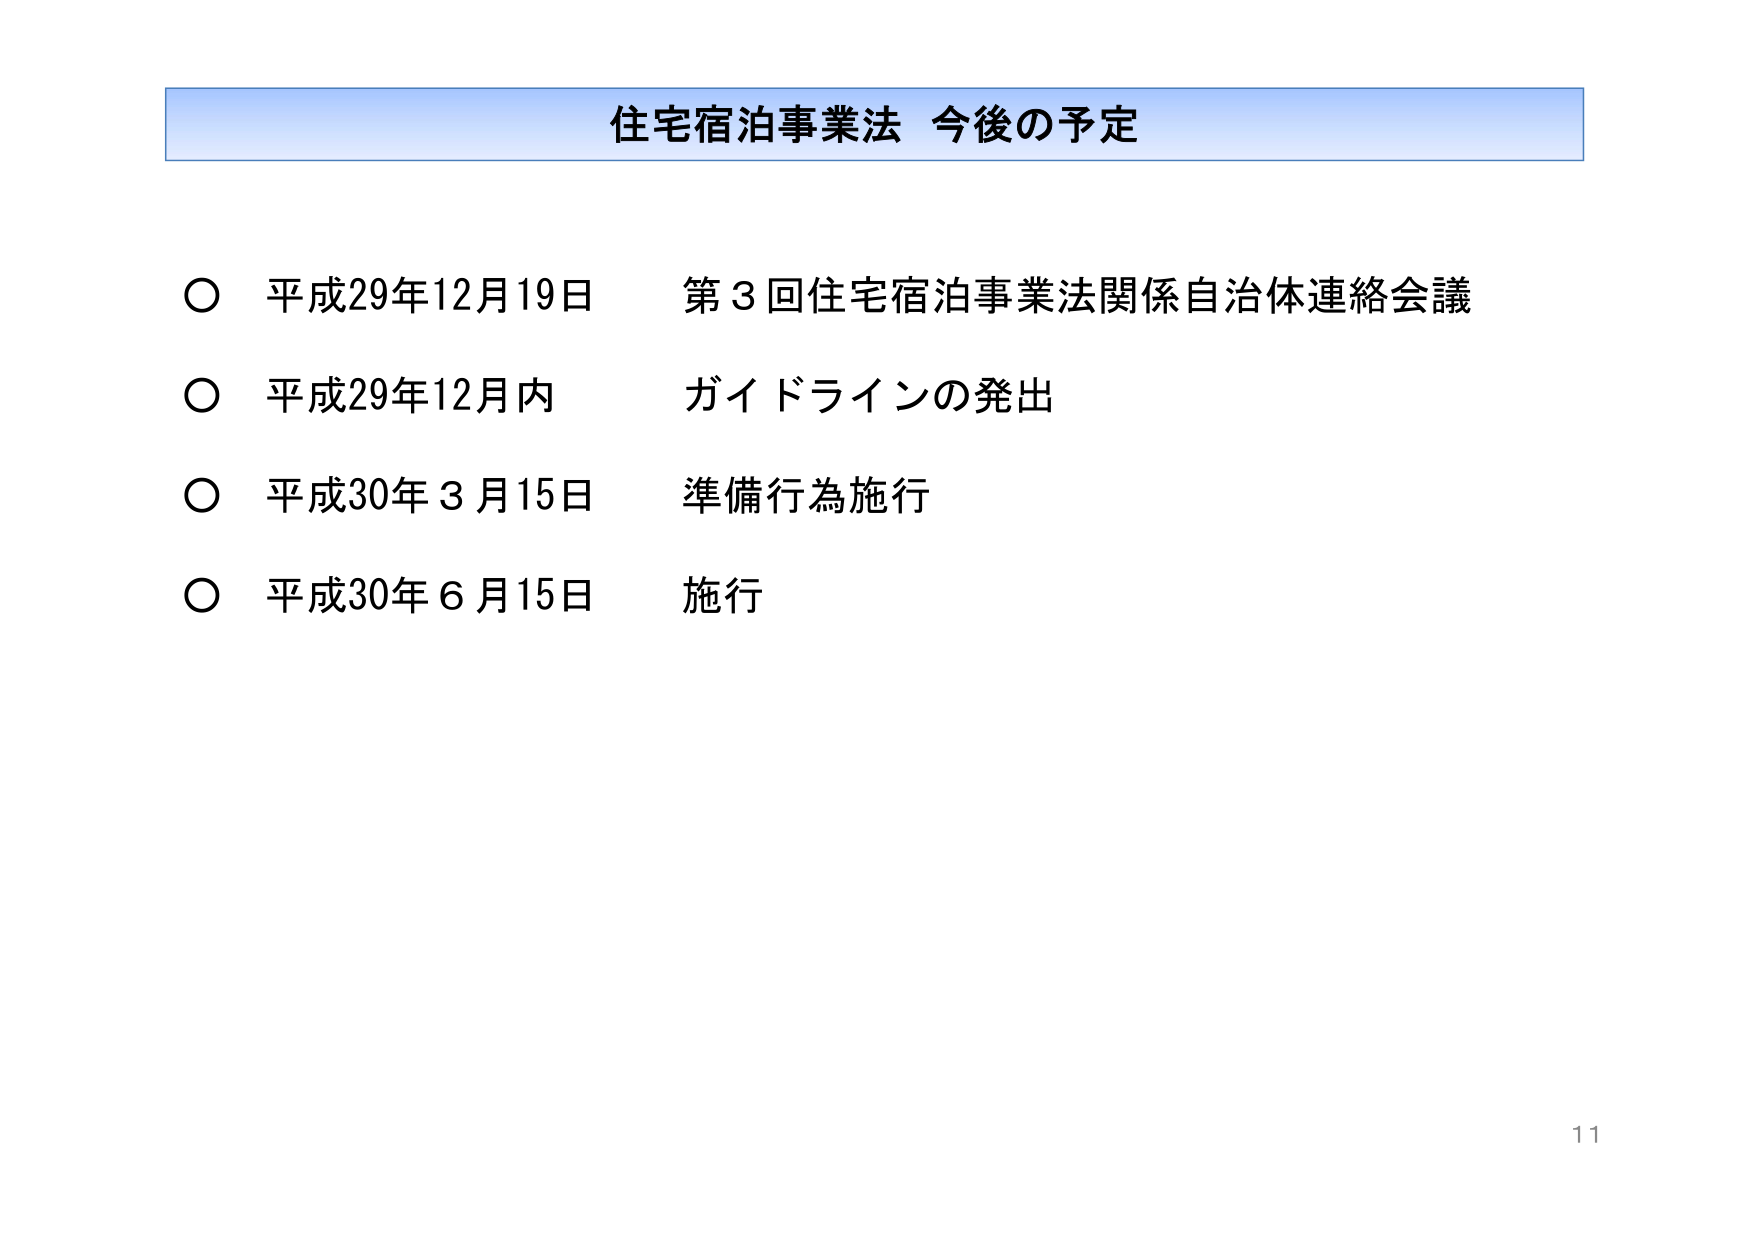
住宅宿泊事業法 今後の予定

○ 平成29年12月19日 第3回住宅宿泊事業法関係自治体連絡会議
○ 平成29年12月内 ガイドラインの発出
○ 平成30年3月15日 準備行為施行
○ 平成30年6月15日 施行

11